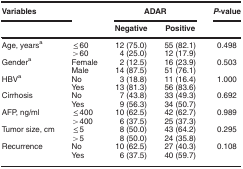
<table><thead><tr><td><b>Variables</b></td><td><b> </b></td><td colspan="2"><b>ADAR</b></td><td><b><i>P</i>-value</b></td></tr><tr><td><b> </b></td><td><b> </b></td><td><b>Negative</b></td><td><b>Positive</b></td><td><b> </b></td></tr></thead><tbody><tr><td>Age, yearsa</td><td>≤60</td><td>12 (75.0)</td><td>55 (82.1)</td><td>0.498</td></tr><tr><td> </td><td>&gt;60</td><td>4 (25.0)</td><td>12 (17.9)</td><td> </td></tr><tr><td>Gendera</td><td>Female</td><td>2 (12.5)</td><td>16 (23.9)</td><td>0.503</td></tr><tr><td> </td><td>Male</td><td>14 (87.5)</td><td>51 (76.1)</td><td> </td></tr><tr><td>HBVa</td><td>No</td><td>3 (18.8)</td><td>11 (16.4)</td><td>1.000</td></tr><tr><td> </td><td>Yes</td><td>13 (81.3)</td><td>56 (83.6)</td><td> </td></tr><tr><td>Cirrhosis</td><td>No</td><td>7 (43.8)</td><td>33 (49.3)</td><td>0.692</td></tr><tr><td> </td><td>Yes</td><td>9 (56.3)</td><td>34 (50.7)</td><td> </td></tr><tr><td>AFP, ng/ml</td><td>≤400</td><td>10 (62.5)</td><td>42 (62.7)</td><td>0.989</td></tr><tr><td> </td><td>&gt;400</td><td>6 (37.5)</td><td>25 (37.3)</td><td> </td></tr><tr><td>Tumor size, cm</td><td>≤5</td><td>8 (50.0)</td><td>43 (64.2)</td><td>0.295</td></tr><tr><td> </td><td>&gt;5</td><td>8 (50.0)</td><td>24 (35.8)</td><td> </td></tr><tr><td>Recurrence</td><td>No</td><td>10 (62.5)</td><td>27 (40.3)</td><td>0.108</td></tr><tr><td> </td><td>Yes</td><td>6 (37.5)</td><td>40 (59.7)</td><td> </td></tr></tbody></table>